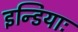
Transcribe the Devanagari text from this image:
इन्डियाः